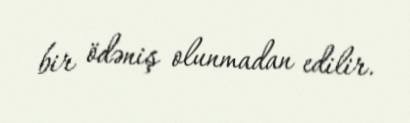
bir ödəniş olunmadan edilir.